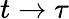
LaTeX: t\rightarrow\tau